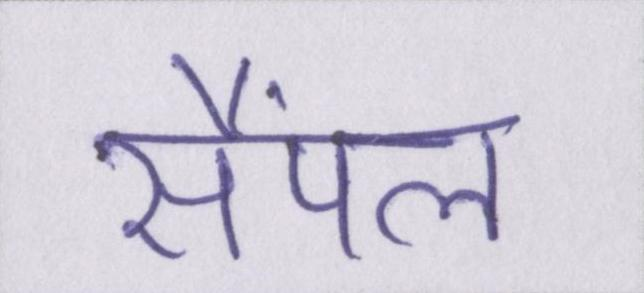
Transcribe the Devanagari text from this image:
सैंपल